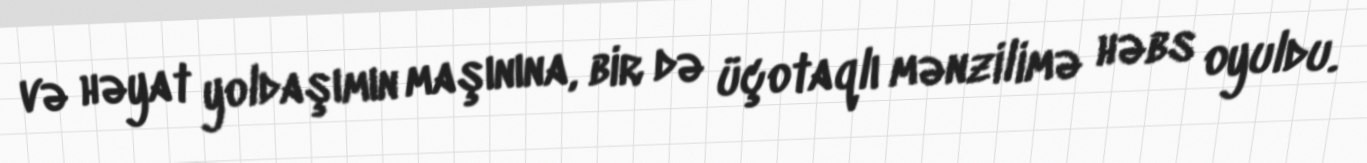
və həyat yoldaşımın maşınına, bir də üçotaqlı mənzilimə həbs oyuldu.